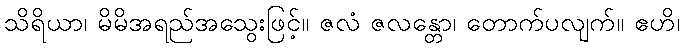
သိရိယာ၊ မိမိအရည်အသွေးဖြင့်။ ဇလံ ဇလန္တော၊ တောက်ပလျက်။ ဧဟိ၊